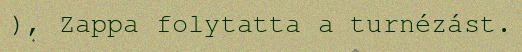
), Zappa folytatta a turnézást.